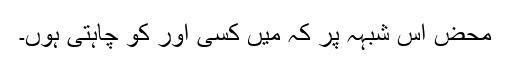
محض اس شبہہ پر کہ میں کسی اور کو چاہتی ہوں۔